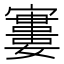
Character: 𡫤